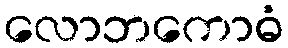
လောဘကောဓံ